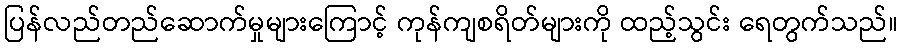
ပြန်လည်တည်ဆောက်မှုများကြောင့် ကုန်ကျစရိတ်များကို ထည့်သွင်း ရေတွက်သည်။